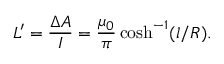
L ^ { \prime } = \frac { \Delta A } { I } = \frac { \mu _ { 0 } } { \pi } \cosh ^ { - 1 } ( l / R ) .